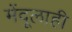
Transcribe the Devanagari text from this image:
मेंदूलाही